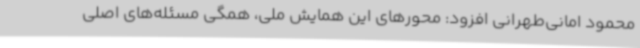
محمود امانی‌طهرانی افزود: محورهای این همایش ملی، همگی مسئله‌های اصلی